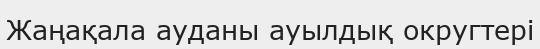
Жаңақала ауданы ауылдық округтері